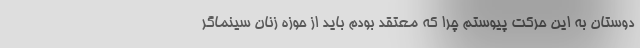
دوستان به این حرکت پیوستم چرا که معتقد بودم باید از حوزه زنان سینماگر